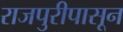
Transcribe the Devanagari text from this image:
राजपुरीपासून